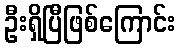
ဦးရှိပြီဖြစ်ကြောင်း